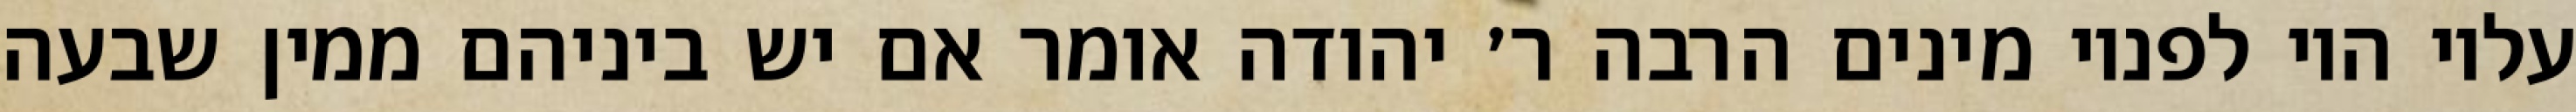
עליו היו לפניו מינים הרבה ר׳ יהודה אומר אם יש ביניהם ממין שבעה